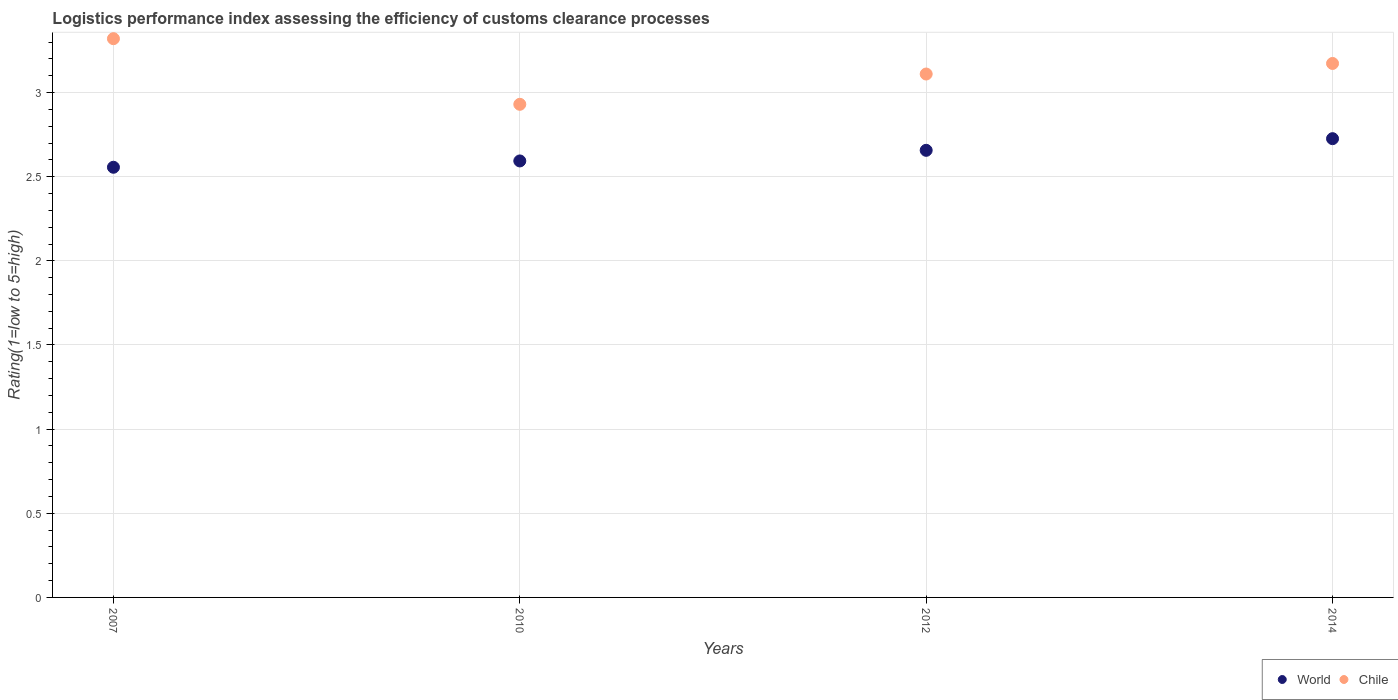
| Years | World | Chile |
 | --- | --- | --- |
 | 2007 | 2.56 | 3.32 |
 | 2010 | 2.59 | 2.93 |
 | 2012 | 2.66 | 3.11 |
 | 2014 | 2.73 | 3.17 |